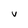
Character: v